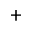
+